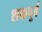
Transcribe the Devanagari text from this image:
शकपूर्व